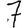
Digit: 7